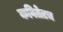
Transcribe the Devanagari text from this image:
कवितेतच